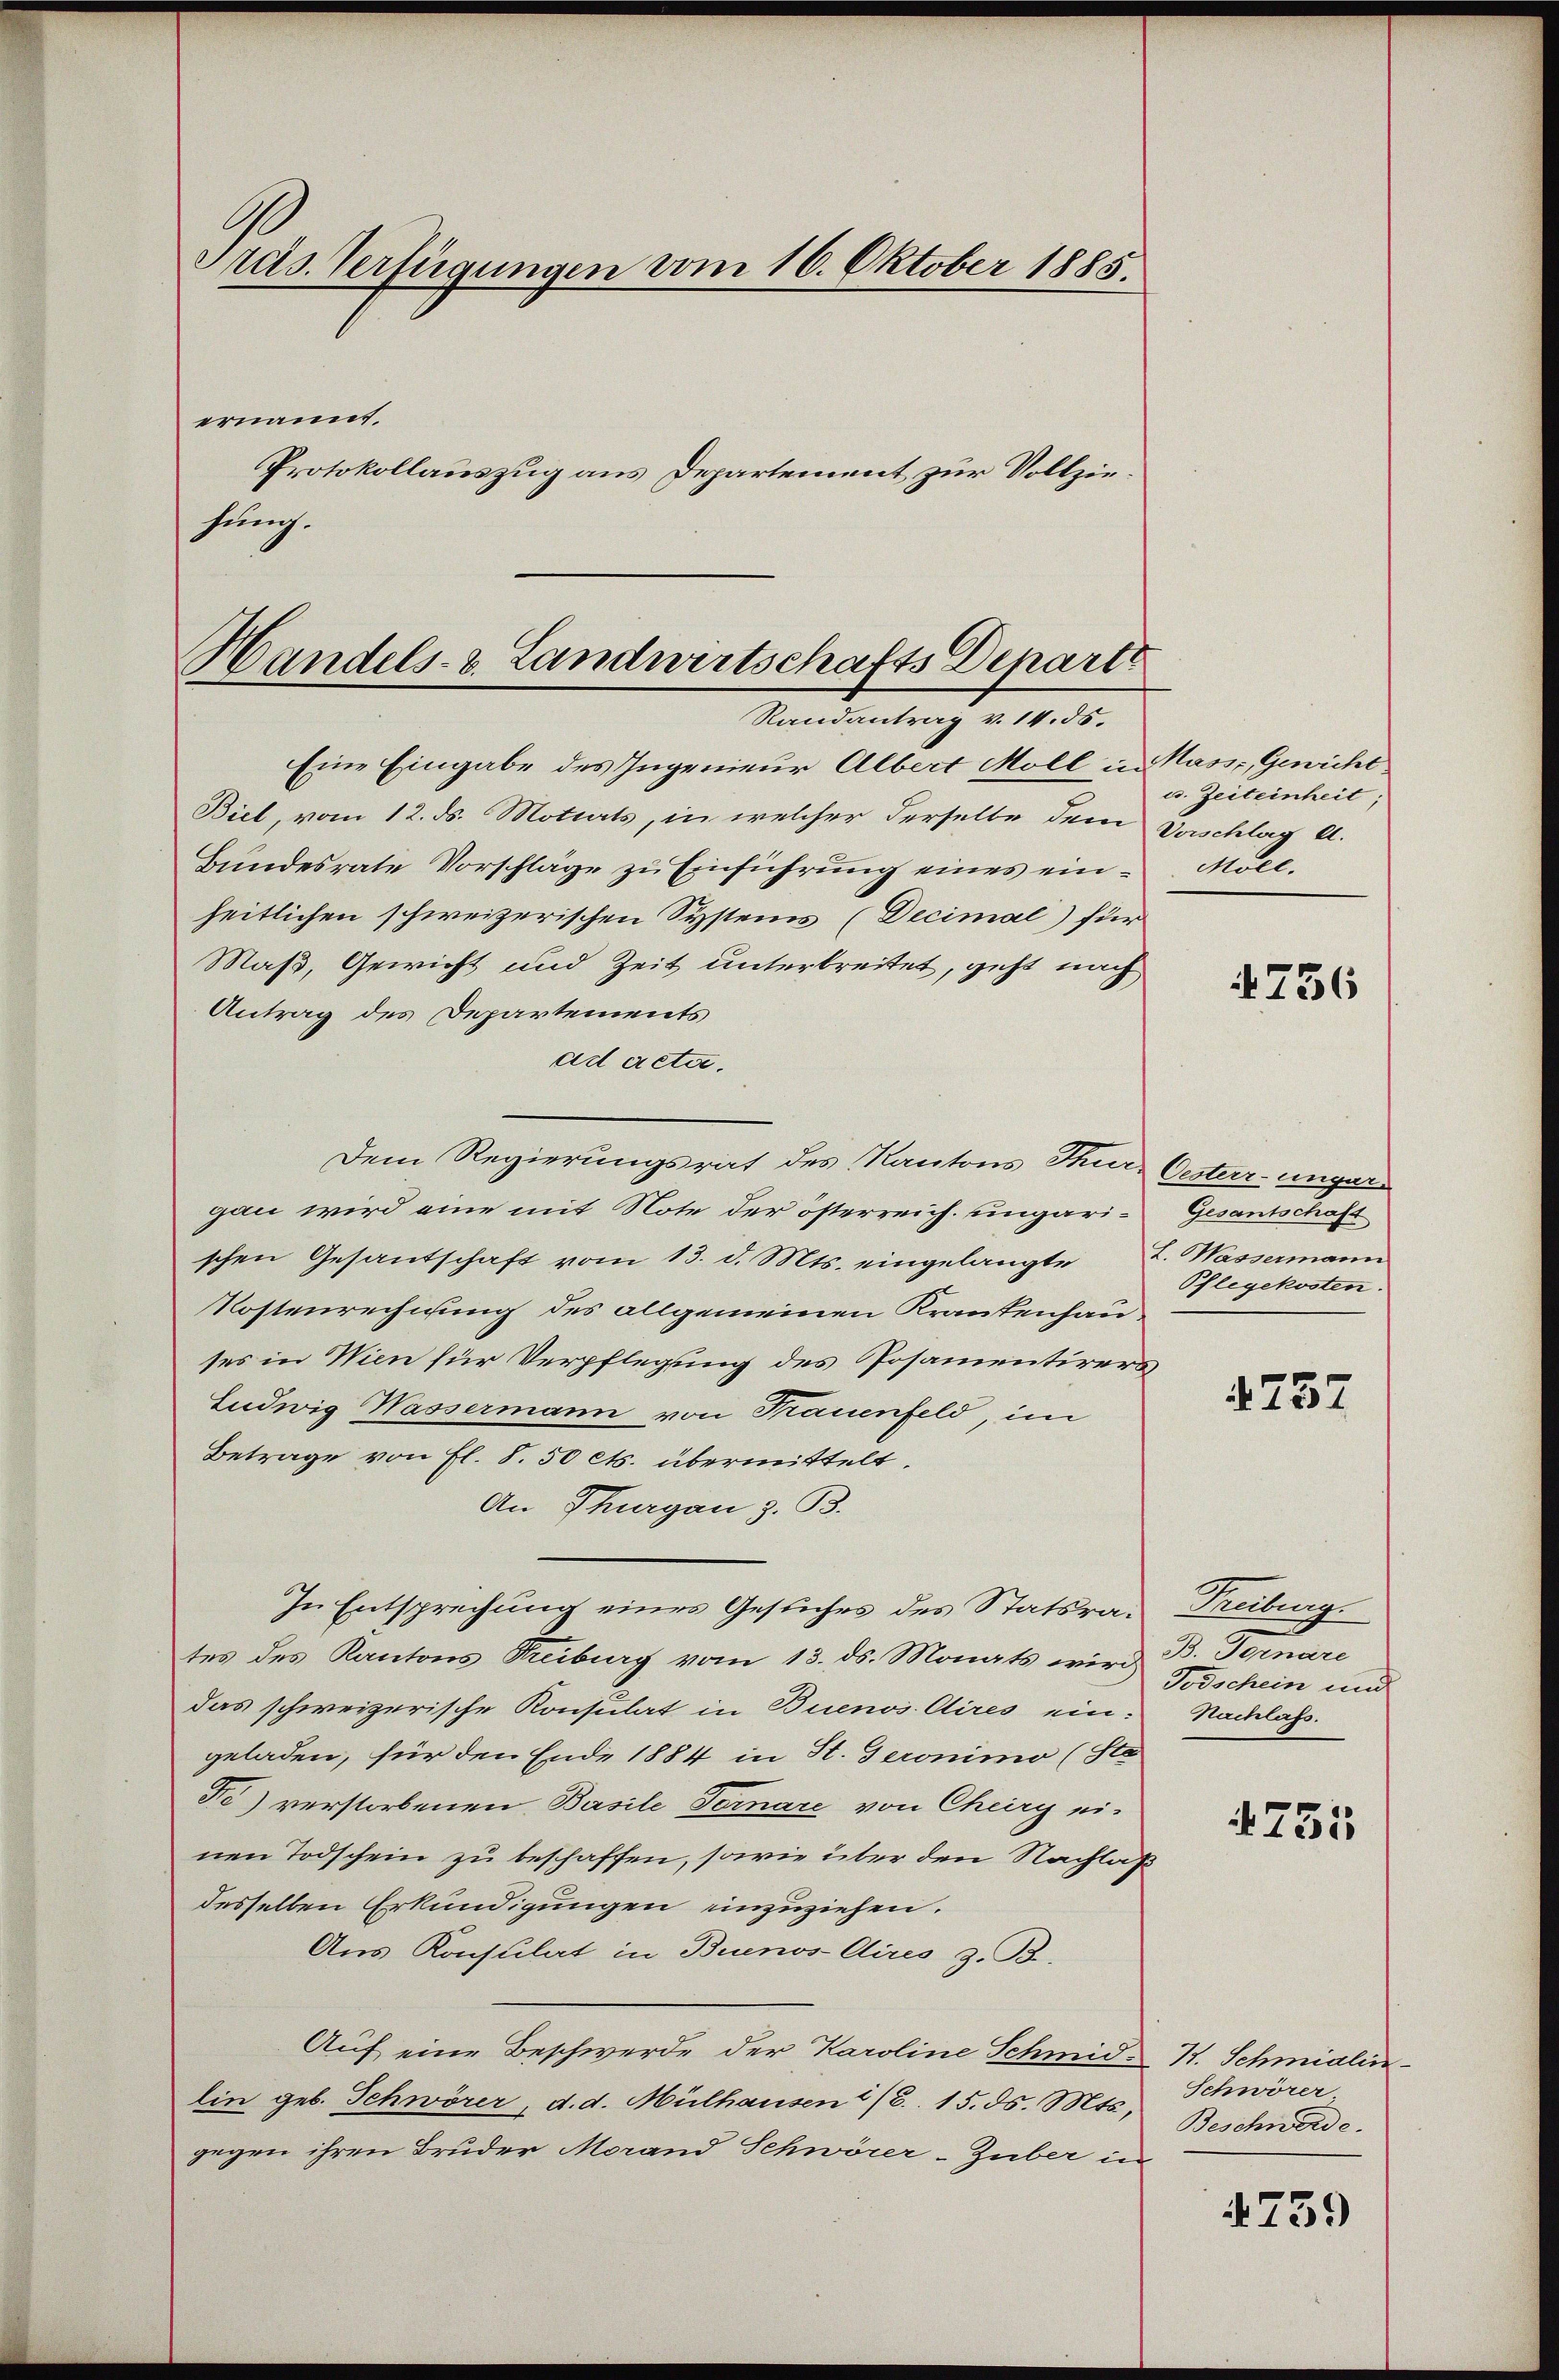
sung.

.
Pras. Verfügungen vom 16. Oktober 1885.
ernannt.
Protokollauszug aus Departement zur Vollzir¬

Handels- u. Landwirtschafts Depart
Randantrag v. 14. 35.

Eine Eingabe des Ingenieur Albert Moll in Mass-, Gewicht
Biel, vom 12. ds. Motiats, in welcher derselbe dem Vorschlag d.
Bundesrate Vorschläge zu Einführung eines einheitlichen schweizerischen Systems (Decimal) für
Maß, Gewicht und Zeit unterbreitet, geht nach
Antrag des Departements
ad acta.
Dem Regierungsrat des Kantons Thur- Oesterr-ungar
gan wird eine mit Note der österreich. ungari-Gesantschaft
schen Gesantschaft vom 13. d. Mts. eingelangte
Kostenrechnung des allgemeinen Krankenhauses in Wien für Verpflegung des Posamentirers
Ludwig Wassermann von Frauenfeld, im
Betrage von Fl. 8.50 cts. übermittelt.
An Thurgau z. B.
In Entsprechung eines Gesuches des Statsrates des Kantons Freiburg vom 13. ds. Monats wird
das schweizerische Konsulat in Buenos Aires ein-
geladen, für den Ende 1884 in St. Geronimo (Sta
Fe) verstorbenen Basile Fernare von Cheirg ei-
nen Todschein zu beschaffen, sowie über den Nachlas
desselben Erkundigungen einzuziehen.
Aus Konsulat in Buenos-Aires z. B.
Auf eine Beschwerde der Karoline Schmid H. Schmidlin
lin geb. Schwörer, d. d. Mülhausen (S. 15. ds. Mts.,
gegen ihren Bruder Morand Schwörer-Zuber in

u. Zeiteinheit;
Möll

756

L. Wassermann
Pflegekosten.

4257

Freiburg
B. Fennere
Todschein und
Nachlass.

4751

Schwörer
Beschwerde.

4739